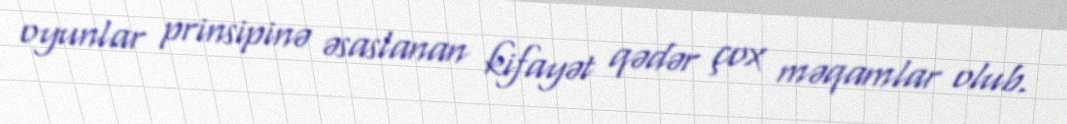
oyunlar prinsipinə əsaslanan kifayət qədər çox məqamlar olub.